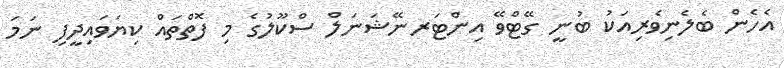
އެހެން ބެލެނިވެރިއަކު ބުނީ ގޭޓްވޭ އިންޓަރނޭޝަނަލް ސްކޫލުގެ މި ފޮތްތައް ކިޔަވައިދީފި ނަމަ